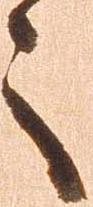
之